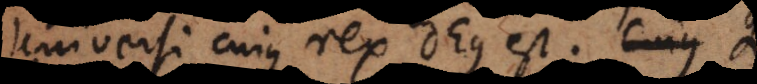
Universi cujus rex Deus est. Cujus